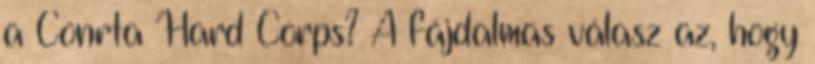
a Conrta Hard Corps? A fájdalmas válasz az, hogy